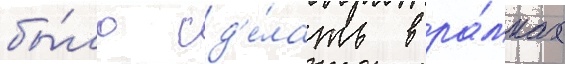
бы́ло сд'е́лать в ра́мках